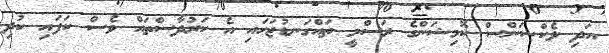
އަދި ލެކްޝަންސް ކޮމިޝަންގެ ރަސްމީ ތައްގަނޑުޖަހައި އެ ކަރުދާސްތައް ވެސް ކަފައި ކުދި